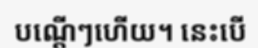
បណ្តើៗហើយ។ នេះបើ